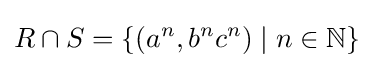
R\cap S=\{(a^{n},b^{n}c^{n})\mid n\in \mathbb {N} \}